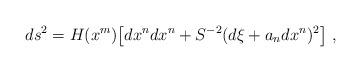
LaTeX: \begin{align*}ds^2 = H(x^m) \bigl[ d x^n d x^n + S^{-2}(d \xi + a_nd x^n )^2 \bigr] \ ,\end{align*}